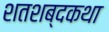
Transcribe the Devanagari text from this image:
शतशब्दकथा